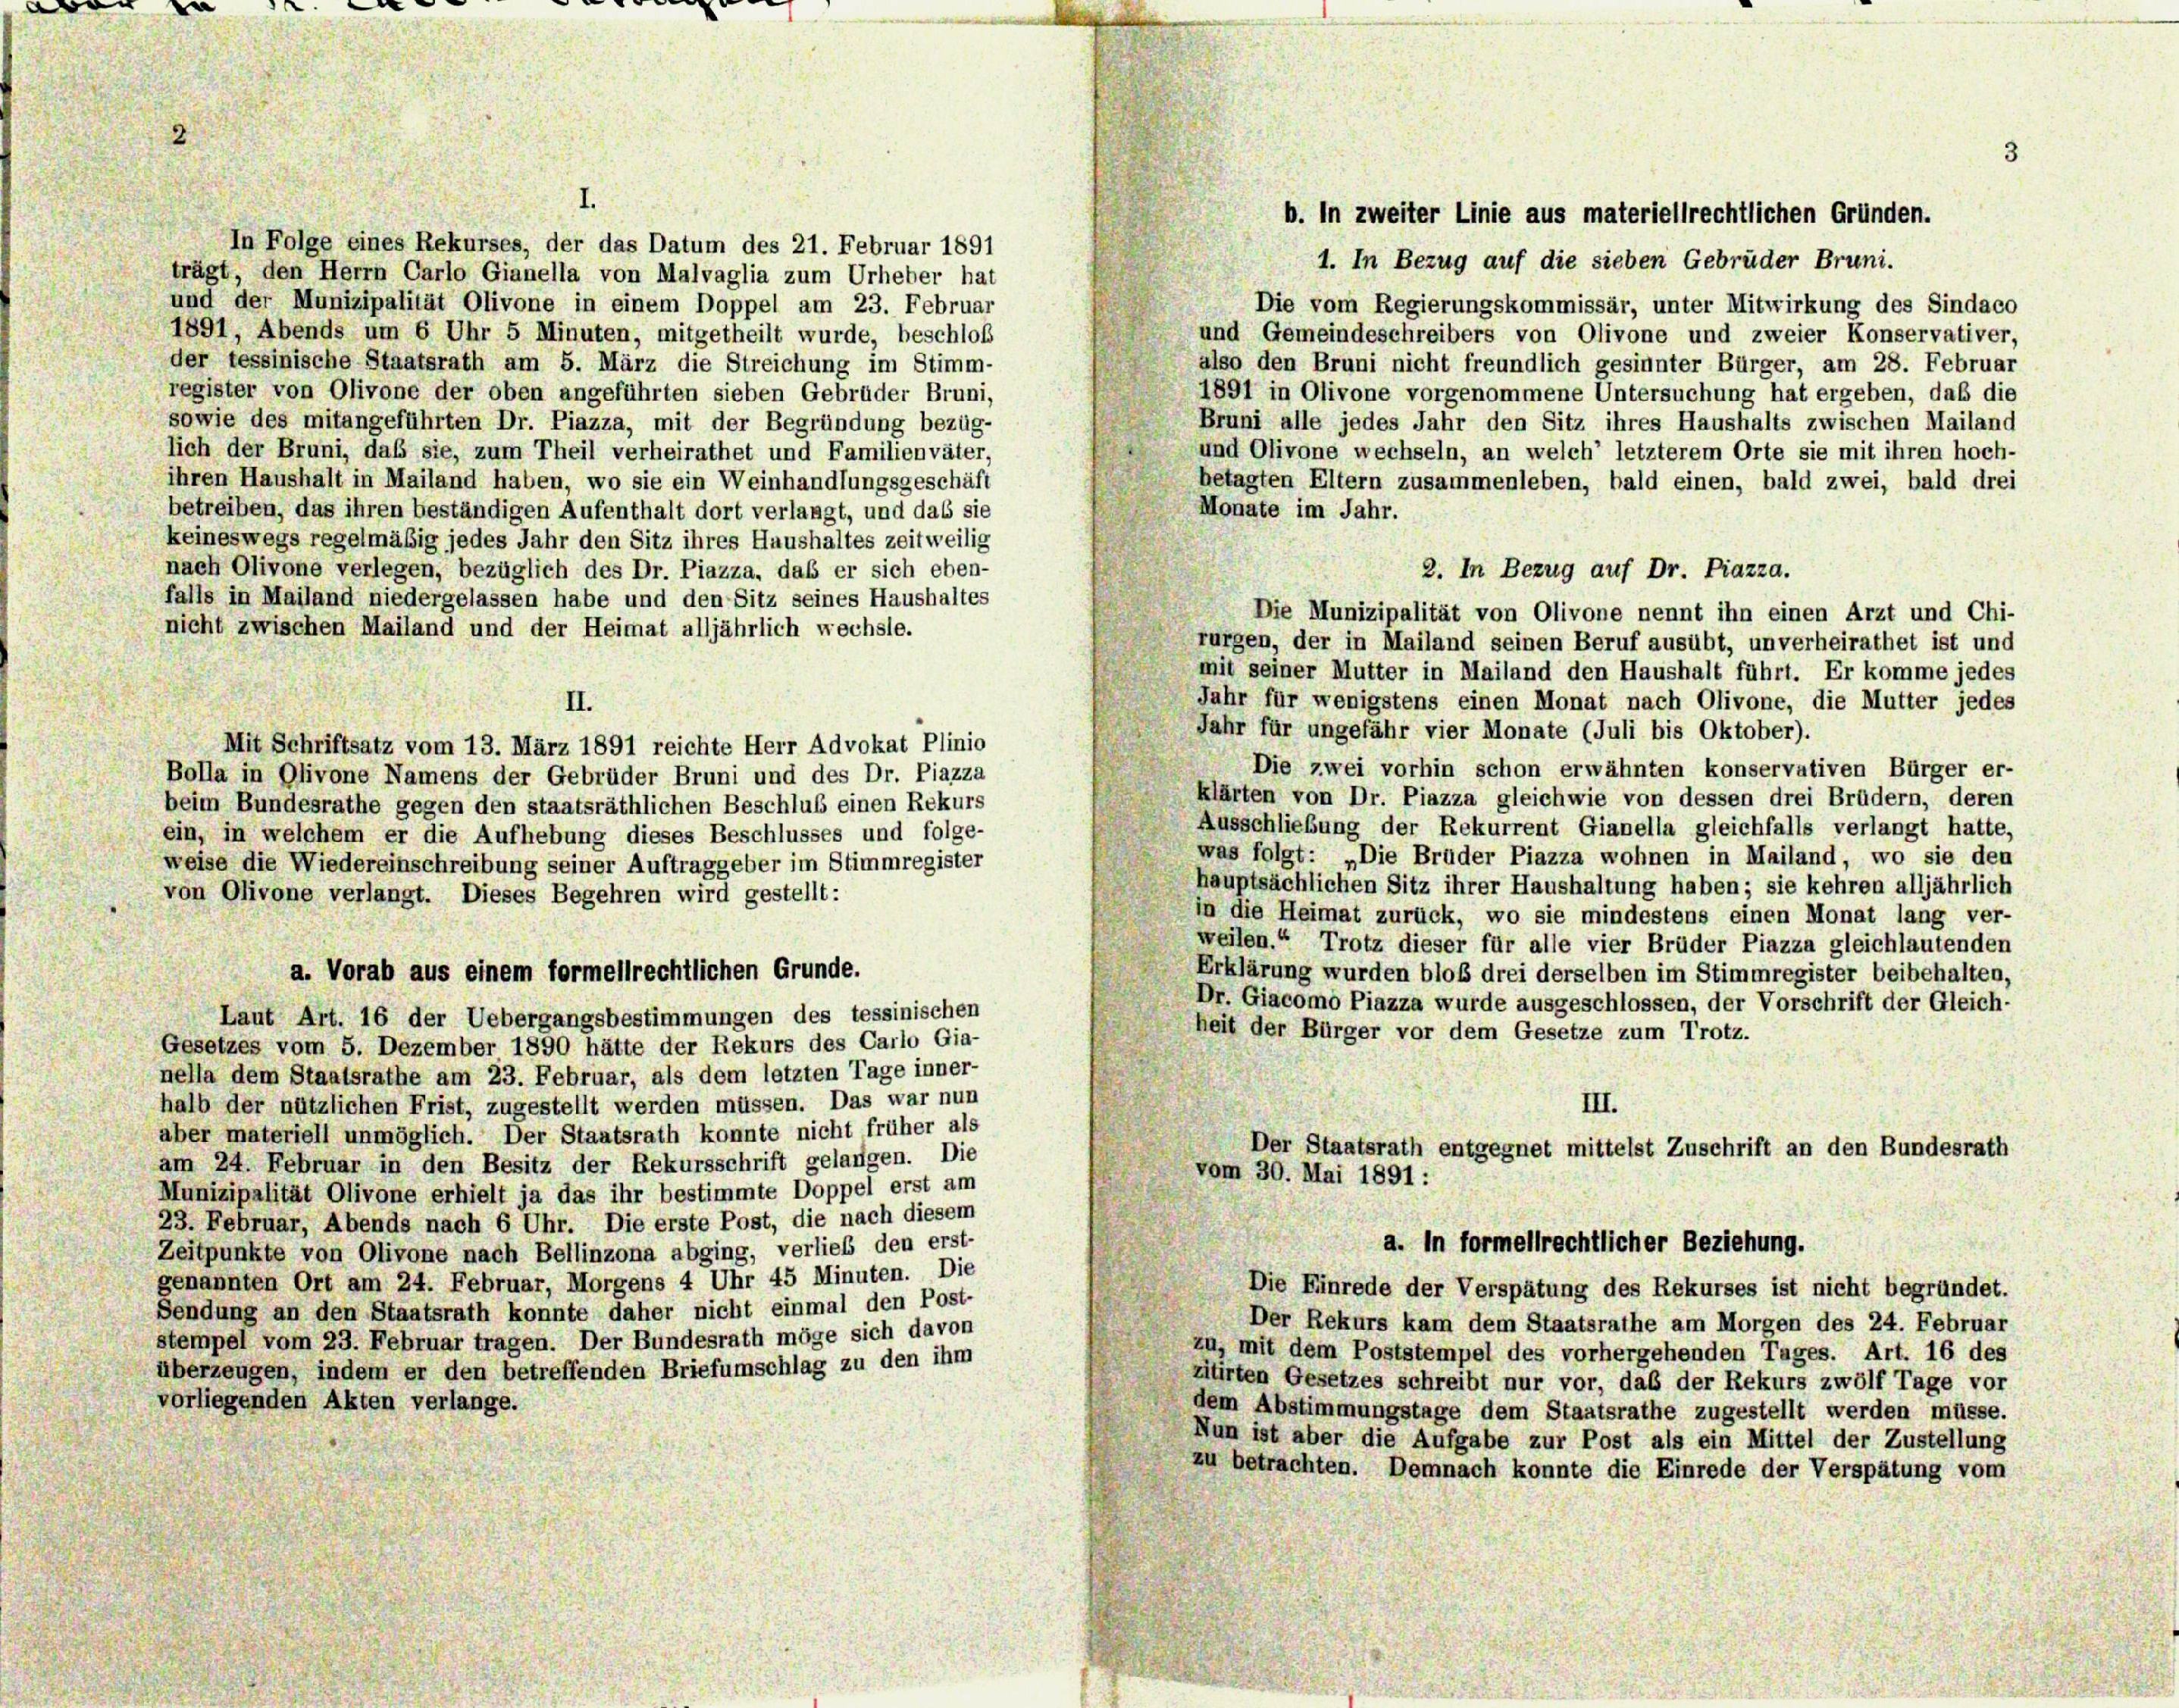
|

In Folge eines Rekurses, der das Datum des 21. Februar 1891
trägt, den Herrn Carlo Gianella von Malvaglia zum Urheber hat
und der Munizipalität Olivone in einem Doppel am 23. Februar
Die vom Regierungskommissär, unter Mitwirkung des Sindaco
1891, Abends um 6 Uhr 5 Minuten, mitgetheilt wurde, beschloß
und Gemeindeschreibers von Olivone und zweier Konservativer,
also den Bruni nicht freundlich gesinnter Bürger, am 28. Februar
der tessinische Staatsrath am 5. März die Streichung im Stimm-
register von Olivone der oben angeführten sieben Gebrüder Bruni,
1891 in Olivone vorgenommene Untersuchung hat ergeben, daß die
sowie des mitangeführten Dr. Piazza, mit der Begründung bezüg-
Bruni alle jedes Jahr den Sitz ihres Haushalts zwischen Mailand
und Olivone wechseln, an welch’ letzterem Orte sie mit ihren hoch-
lich der Bruni, daß sie, zum Theil verheirathet und Familienväter,
ihren Haushalt in Mailand haben, wo sie ein Weinhandlungsgeschäft
betagten Eltern zusammenleben, bald einen, bald zwei, bald drei
betreiben, das ihren beständigen Aufenthalt dort verlangt, und das sie
Monate im Jahr.
keineswegs regelmäßig jedes Jahr den Sitz ihres Haushaltes zeitweilig
nach Olivone verlegen, bezüglich des Dr. Piazza, daß er sich eben-
2. In Bezug auf Dr. Piazza.
falls in Mailand niedergelassen habe und den Sitz seines Haushaltes
Die Munizipalität von Olivone nennt ihn einen Arzt und Chi-
nicht zwischen Mailand und der Heimat alljährlich wechsle.
rurgen, der in Mailand seinen Beruf ausübt, unverheirathet ist und
mit seiner Mutter in Mailand den Haushalt führt. Er komme jedes
Jahr für wenigstens einen Monat nach Olivone, die Mutter jedes
II.
Jahr für ungefähr vier Monate (Juli bis Oktober).
Mit Schriftsatz vom 13. März 1891 reichte Herr Advokat Plinio
Die zwei vorhin schon erwähnten konservativen Bürger er-
Bolla in Olivone Namens der Gebrüder Bruni und des Dr. Piazza
klärten von Dr. Piazza gleichwie von dessen drei Brüdern, deren
beim Bundesrathe gegen den staatsräthlichen Beschluß einen Rekurs
Ausschließung der Rekurrent Gianella gleichfalls verlangt hatte,
ein, in welchem er die Aufhebung dieses Beschlusses und folge-
was folgt: „Die Brüder Piazza wohnen in Mailand, wo sie den
weise die Wiedereinschreibung seiner Auftraggeber im Stimmregister
hauptsächlichen Sitz ihrer Haushaltung haben; sie kehren alljährlich
von Olivone verlangt. Dieses Begehren wird gestellt:
in die Heimat zurück, wo sie mindestens einen Monat lang ver-
weilen.“ Trotz dieser für alle vier Brüder Piazza gleichlautenden
Erklärung wurden bloß drei derselben im Stimmregister beibehalten,
a. Vorab aus einem formellrechtlichen Grunde.
Dr. Giacomo Piazza wurde ausgeschlossen, der Vorschrift der Gleich-
Laut Art. 16 der Uebergangsbestimmungen des tessinischen
heit der Bürger vor dem Gesetze zum Trotz.
Gesetzes vom 5. Dezember 1890 hätte der Rekurs des Carlo Gia-
nella dem Staatsrathe am 23. Februar, als dem letzten Tage inner-
halb der nützlichen Frist, zugestellt werden müssen. Das war nun
III.
aber materiell unmöglich. Der Staatsrath konnte nicht früher als
Der Staatsrath entgegnet mittelst Zuschrift an den Bundesrath
am 24. Februar in den Besitz der Rekursschrift gelangen. Die
vom 30. Mai 1891 :
Munizipalität Olivone erhielt ja das ihr bestimmte Doppel erst am
23. Februar, Abends nach 6 Uhr. Die erste Post, die nach diesem
a. In formellrechtlicher Beziehung.
Zeitpunkte von Olivone nach Bellinzona abging, verlieb den erst-
genannten Ort am 24. Februar, Morgens 4 Uhr 45 Minuten. Die
Die Einrede der Verspätung des Rekurses ist nicht begründet.
Sendung an den Staatsrath konnte daher nicht einmal den Post-
Der Rekurs kam dem Staatsrathe am Morgen des 24. Februar
stempel vom 23. Februar tragen. Der Bundesrath möge sich davon
zu, mit dem Poststempel des vorhergehenden Tages. Art. 16 des
überzeugen, indem er den betreffenden Briefumschlag zu den ihm
zitirten Gesetzes schreibt nur vor, daß der Rekurs zwölf Tage vor
vorliegenden Akten verlange.
dem Abstimmungstage dem Staatsrathe zugestellt werden müsse.
Nun ist aber die Aufgabe zur Post als ein Mittel der Zustellung
zu betrachten. Demnach konnte die Einrede der Verspätung vom

b. In zweiter Linie aus materiellrechtlichen Gründen.
1. In Bezug auf die sieben Gebrüder Bruni.